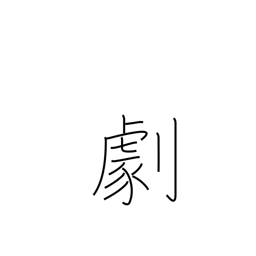
Meaning: drama